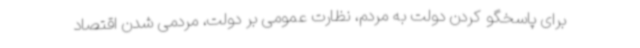
برای پاسخگو کردن دولت به مردم، نظارت عمومی بر دولت، مردمی شدن اقتصاد